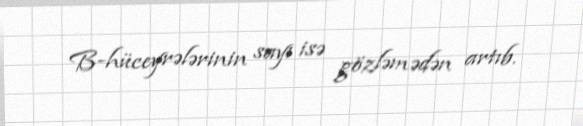
B-hüceyrələrinin sayı isə gözləmədən artıb.